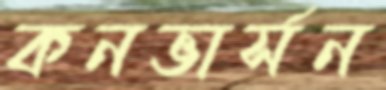
কনভার্সন